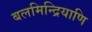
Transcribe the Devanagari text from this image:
बलमिन्द्रियाणि